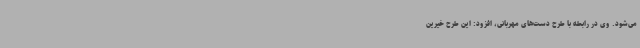
می‌شود. وی در رابطه با طرح دست‌های مهربانی، افزود: این طرح خیرین